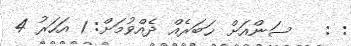
: :   ސަންއަށް ޚަބަރެއް ދެއްވުމަށް: 1 އަހަރު 4